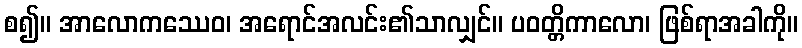
စ၍။ အာလောကဿေဝ၊ အရောင်အလင်း၏သာလျှင်။ ပဝတ္တိကာလော၊ ဖြစ်ရာအခါကို။